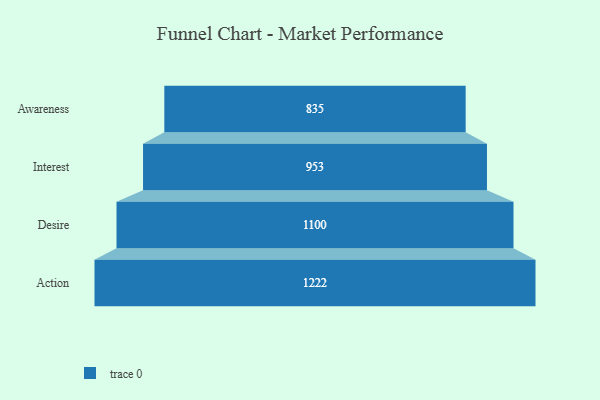
{"axis": {"x": "Stage", "y": "Value"}, "legend": [""], "data": [{"x": "Awareness", "y": 835.0, "type": ""}, {"x": "Interest", "y": 953.0, "type": ""}, {"x": "Desire", "y": 1100.0, "type": ""}, {"x": "Action", "y": 1222.0, "type": ""}]}